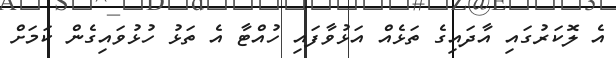
އެ ލޮކަރުގައި އާދައިގެ ތަޅެއް އަޅުވާފައި ހުއްޓާ އެ ތަޅު ހުޅުވައިގެން ކަމަށް